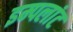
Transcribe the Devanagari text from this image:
इम्पलांट